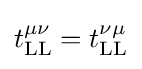
t_{\text{LL}}^{\mu \nu }=t_{\text{LL}}^{\nu \mu }